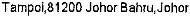
TAMPOL,81200 JOHOR BAHRU,JOHOR